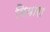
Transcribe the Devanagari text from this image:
मियारा